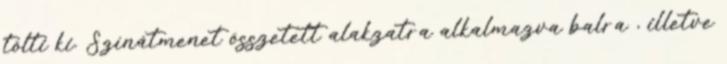
tölti ki. Színátmenet összetett alakzatra alkalmazva balra , illetve